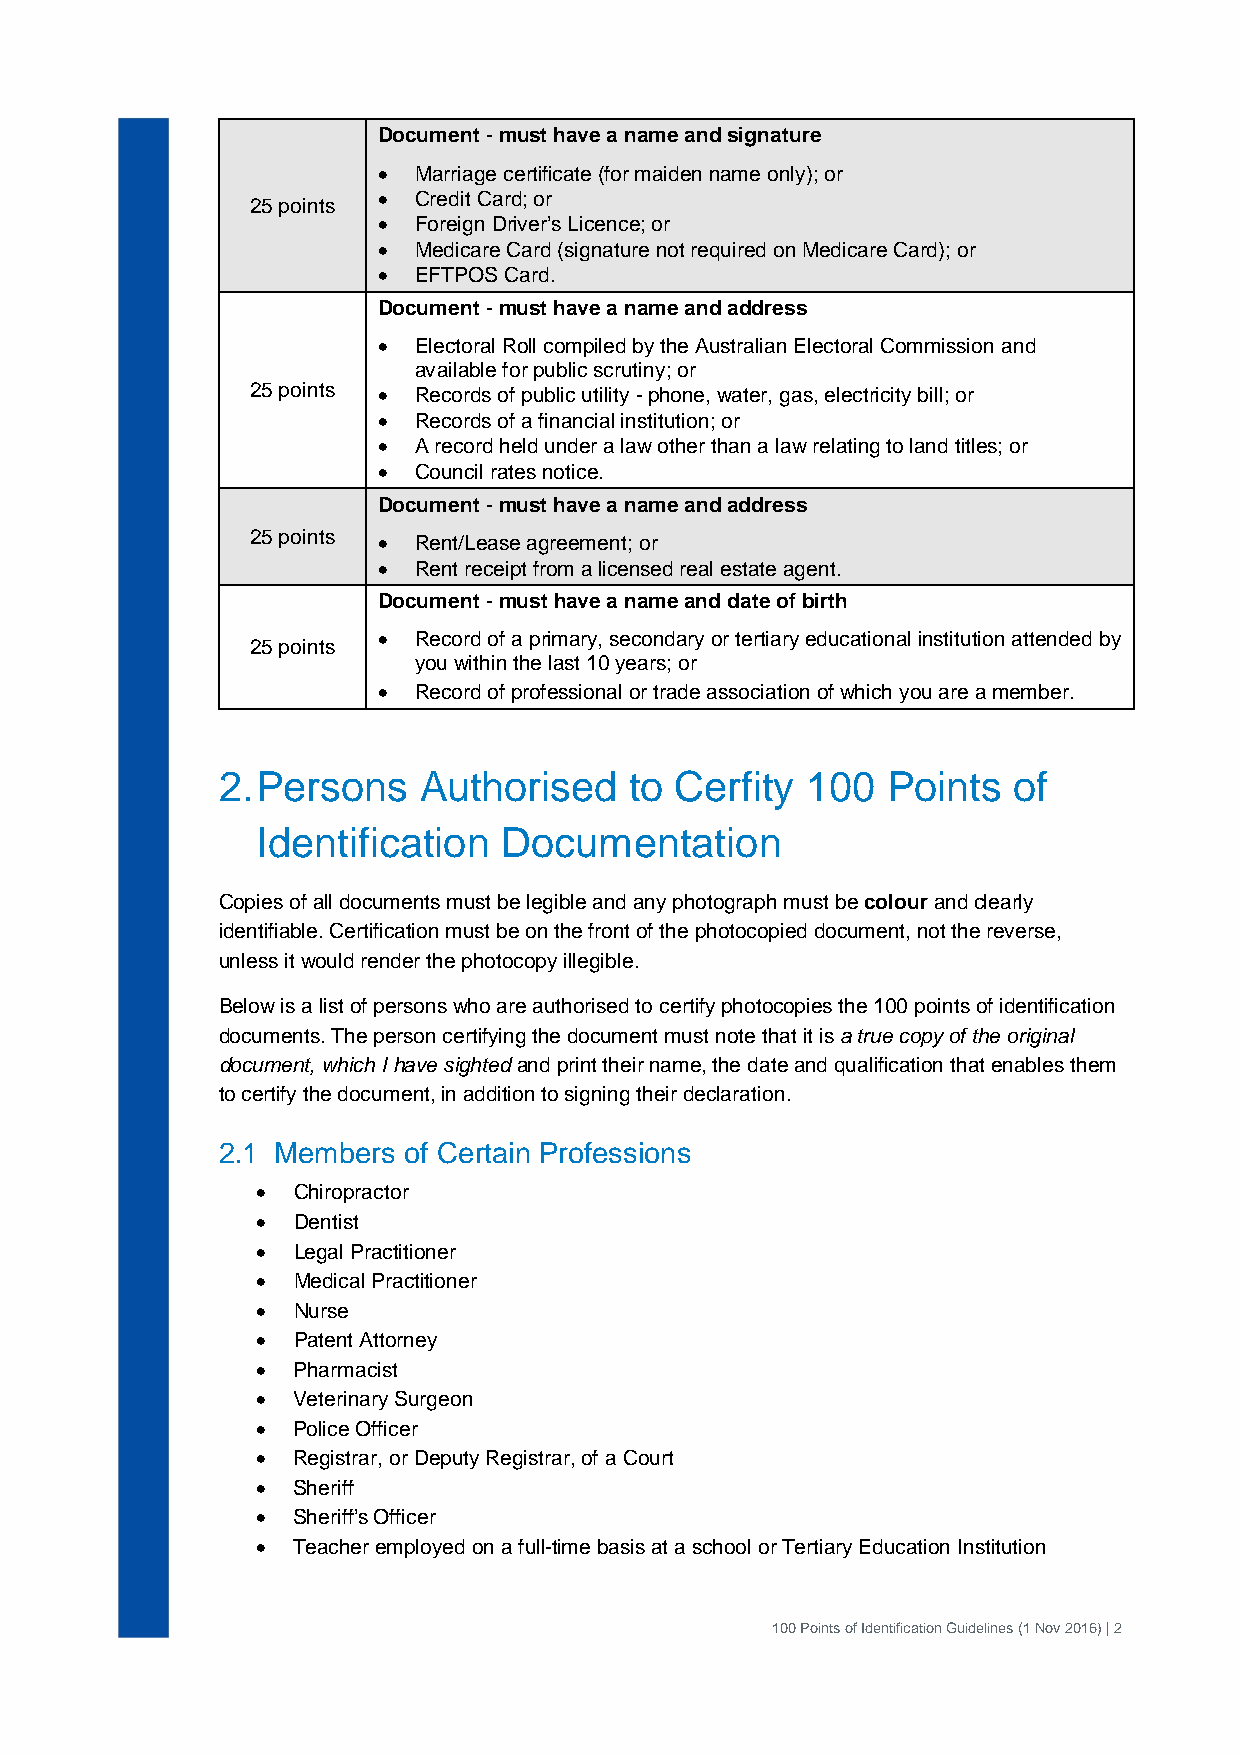
Document - must have a name and signature
 • Marriage certificate (for maiden name only); or
 • Credit Card; or
 25 points
 • Foreign Driver’s Licence; or
 • Medicare Card (signature not required on Medicare Card); or
 • EFTPOS Card.
 Document - must have a name and address
 • Electoral Roll compiled by the Australian Electoral Commission and
 available for public scrutiny; or
 25 points • Records of public utility - phone, water, gas, electricity bill; or
 • Records of a financial institution; or
 • A record held under a law other than a law relating to land titles; or
 • Council rates notice.
 Document - must have a name and address
 25 points • Rent/Lease agreement; or
 • Rent receipt from a licensed real estate agent.
 Document - must have a name and date of birth
 • Record of a primary, secondary or tertiary educational institution attended by
 25 points
 you within the last 10 years; or
 • Record of professional or trade association of which you are a member.
 2. Persons    Authorised    to Cerfity 100   Points  of
 Identification  Documentation
 Copies of all documents must be legible and any photograph must be colour and clearly
 identifiable. Certification must be on the front of the photocopied document, not the reverse,
 unless it would render the photocopy illegible.
 Below is a list of persons who are authorised to certify photocopies the 100 points of identification
 documents. The person certifying the document must note that it is a true copy of the original
 document, which I have sighted and print their name, the date and qualification that enables them
 to certify the document, in addition to signing their declaration.
 2.1 Members  of Certain Professions
 • Chiropractor
 • Dentist
 • Legal Practitioner
 • Medical Practitioner
 • Nurse
 • Patent Attorney
 • Pharmacist
 • Veterinary Surgeon
 • Police Officer
 • Registrar, or Deputy Registrar, of a Court
 • Sheriff
 • Sheriff’s Officer
 • Teacher employed on a full-time basis at a school or Tertiary Education Institution
 100 Points of Identification Guidelines (1 Nov 2016) | 2